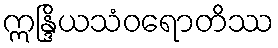
ဣန္ဒြိယသံဝရောတိဿ